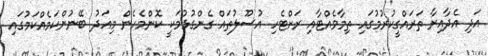
އަދި އެދާއިރާ ތަރައްގީކުރުމުގައި ތިމާވެއްޓާއި ރަށްޓެހި އުސޫލުތައް ގެންގުޅުމަކީ ކޮންމެހެން މިއަދު ބޭނުންކަމެއްކަމުގައި